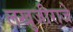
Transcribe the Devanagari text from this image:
लखुजीराजे